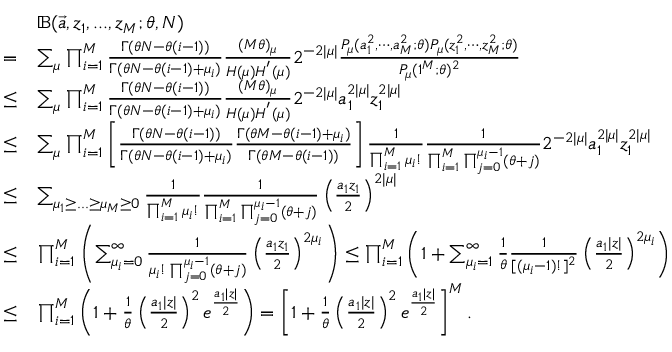
\begin{array} { r l } & { \mathbb { B } ( \Vec { a } , z _ { 1 } , . . . , z _ { M } ; \theta , N ) } \\ { = } & { \sum _ { \mu } \prod _ { i = 1 } ^ { M } \frac { \Gamma ( \theta N - \theta ( i - 1 ) ) } { \Gamma ( \theta N - \theta ( i - 1 ) + \mu _ { i } ) } \frac { ( M \theta ) _ { \mu } } { H ( \mu ) H ^ { ' } ( \mu ) } 2 ^ { - 2 | \mu | } \frac { P _ { \mu } ( a _ { 1 } ^ { 2 } , \cdots , a _ { M } ^ { 2 } ; \theta ) P _ { \mu } ( z _ { 1 } ^ { 2 } , \cdots , z _ { M } ^ { 2 } ; \theta ) } { P _ { \mu } ( 1 ^ { M } ; \theta ) ^ { 2 } } } \\ { \le } & { \sum _ { \mu } \prod _ { i = 1 } ^ { M } \frac { \Gamma ( \theta N - \theta ( i - 1 ) ) } { \Gamma ( \theta N - \theta ( i - 1 ) + \mu _ { i } ) } \frac { ( M \theta ) _ { \mu } } { H ( \mu ) H ^ { ' } ( \mu ) } 2 ^ { - 2 | \mu | } a _ { 1 } ^ { 2 | \mu | } z _ { 1 } ^ { 2 | \mu | } } \\ { \le } & { \sum _ { \mu } \prod _ { i = 1 } ^ { M } \left[ \frac { \Gamma ( \theta N - \theta ( i - 1 ) ) } { \Gamma ( \theta N - \theta ( i - 1 ) + \mu _ { i } ) } \frac { \Gamma ( \theta M - \theta ( i - 1 ) + \mu _ { i } ) } { \Gamma ( \theta M - \theta ( i - 1 ) ) } \right] \frac { 1 } { \prod _ { i = 1 } ^ { M } \mu _ { i } ! } \frac { 1 } { \prod _ { i = 1 } ^ { M } \prod _ { j = 0 } ^ { \mu _ { i } - 1 } ( \theta + j ) } 2 ^ { - 2 | \mu | } a _ { 1 } ^ { 2 | \mu | } z _ { 1 } ^ { 2 | \mu | } } \\ { \le } & { \sum _ { \mu _ { 1 } \ge . . . \ge \mu _ { M } \ge 0 } \frac { 1 } { \prod _ { i = 1 } ^ { M } \mu _ { i } ! } \frac { 1 } { \prod _ { i = 1 } ^ { M } \prod _ { j = 0 } ^ { \mu _ { i } - 1 } ( \theta + j ) } \left( \frac { a _ { 1 } z _ { 1 } } { 2 } \right) ^ { 2 | \mu | } } \\ { \le } & { \prod _ { i = 1 } ^ { M } \left( \sum _ { \mu _ { i } = 0 } ^ { \infty } \frac { 1 } { \mu _ { i } ! \prod _ { j = 0 } ^ { \mu _ { i } - 1 } ( \theta + j ) } \left( \frac { a _ { 1 } z _ { 1 } } { 2 } \right) ^ { 2 \mu _ { i } } \right) \le \prod _ { i = 1 } ^ { M } \left( 1 + \sum _ { \mu _ { i } = 1 } ^ { \infty } \frac { 1 } { \theta } \frac { 1 } { [ ( \mu _ { i } - 1 ) ! ] ^ { 2 } } \left( \frac { a _ { 1 } | z | } { 2 } \right) ^ { 2 \mu _ { i } } \right) } \\ { \le } & { \prod _ { i = 1 } ^ { M } \left( 1 + \frac { 1 } { \theta } \left( \frac { a _ { 1 } | z | } { 2 } \right) ^ { 2 } e ^ { \frac { a _ { 1 } | z | } { 2 } } \right) = \left[ 1 + \frac { 1 } { \theta } \left( \frac { a _ { 1 } | z | } { 2 } \right) ^ { 2 } e ^ { \frac { a _ { 1 } | z | } { 2 } } \right] ^ { M } . } \end{array}